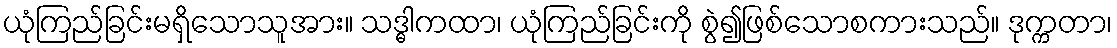
ယုံကြည်ခြင်းမရှိသောသူအား။ သဒ္ဓါကထာ၊ ယုံကြည်ခြင်းကို စွဲ၍ဖြစ်သောစကားသည်။ ဒုက္ကတာ၊